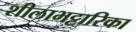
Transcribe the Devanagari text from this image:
शीलाभट्टारिका